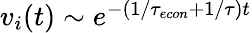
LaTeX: \begin{array}{r}{v_{i}(t)\sim e^{-(1/{\tau_{econ}}+1/\tau)t}}\end{array}